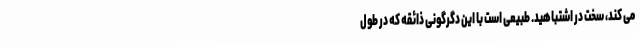
می کند، سخت در اشتباهید. طبیعی است با این دگرگونی ذائقه که در طول